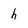
Character: h